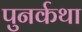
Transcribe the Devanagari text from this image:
पुनर्कथा